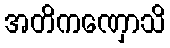
အတိကဏှောသိ